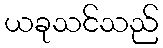
ယခုသင်သည်